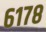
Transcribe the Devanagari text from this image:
६१७८